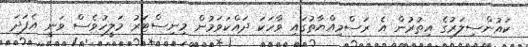
ކައުންސިލަރުގެ އިތުރުން އެ ރަސްމިއްޔާތުގައި ވާހަކަ ދައްކަވަމުން މިނިސްޓަރު މަލީހުވެސް ވަނީ އެފަދަ